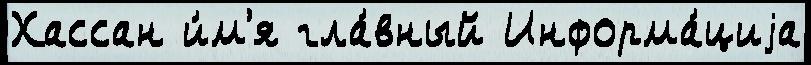
Хассан и́м'я гла́вный Информа́циjа